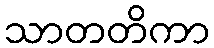
သာတတိကာ